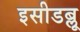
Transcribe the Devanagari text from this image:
इसीडब्लू